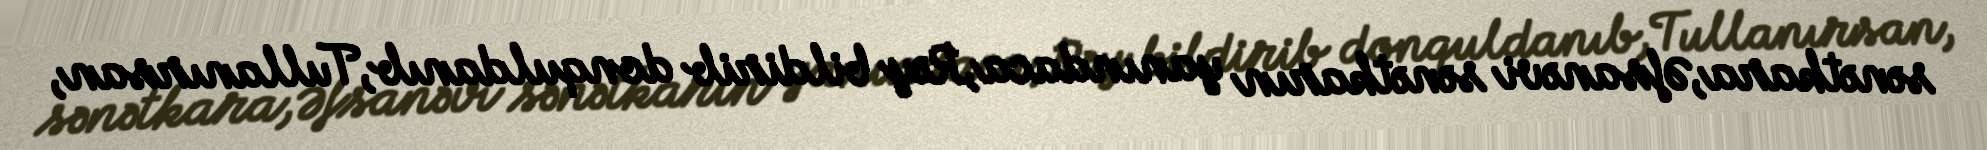
sənətkara,Əfsanəvi sənətkarın yanındaca,Rəy bildirib donquldanıb,Tullanırsan,